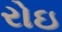
રોઇ